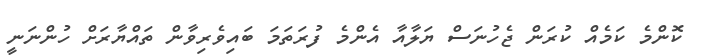
ކޮންމެ ކަމެއް ކުރަން ޖެހުނަސް ޔަލާއާ އެންމެ ފުރަތަމަ ބައިވެރިވާން ތައްޔާރަށް ހުންނަނީ